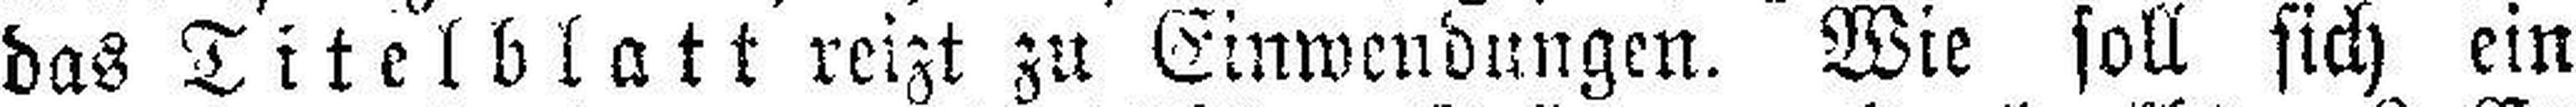
das Titelblatt reizt zu Einwendungen. Wie soll sich ein